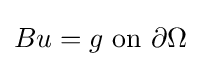
Bu=g{\text{ on }}\partial \Omega